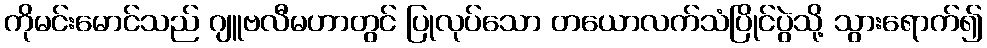
ကိုမင်းမောင်သည် ဂျူဗလီမဟာတွင် ပြုလုပ်သော တယောလက်သံပြိုင်ပွဲသို့ သွားရောက်၍